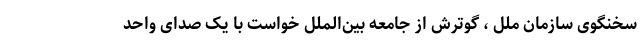
سخنگوی سازمان ملل ، گوترش از جامعه بین‌الملل خواست با یک صدای واحد